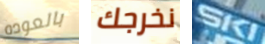
بالعوده نخرجك SKI